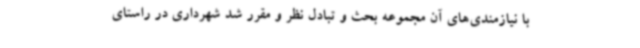
با نیازمندی‌های آن مجموعه بحث و تبادل نظر و مقرر شد شهرداری در راستای